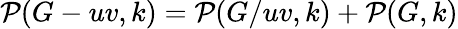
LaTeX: \mathcal{P}(G-uv,k)=\mathcal{P}(G/uv,k)+\mathcal{P}(G,k)